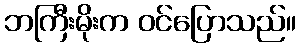
ဘကြီးမိုးက ဝင်ပြောသည်။